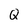
Character: Q